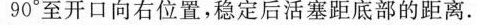
90°至开口向右位置，稳定后活塞距底部的距离。